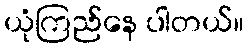
ယုံကြည်နေ ပါတယ်။